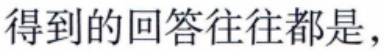
得到的回答往往都是，